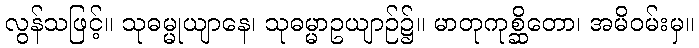
လွန်သဖြင့်။ သုဓမ္မုယျာနေ၊ သုဓမ္မာဥယျာဉ်၌။ မာတုကုစ္ဆိတော၊ အမိဝမ်းမှ။